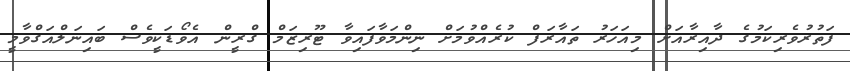
ފަތުރުވެރިކަމުގެ ދާއިރާއަށް މިއަހަރު ތައާރަފް ކުރެއްވުމަށް ނިންމަވާފައިވާ ޓޫރިޒަމް ގްރީން އެވޯޑަކީވެސް ބައިނަލްއަގްވާމީ